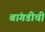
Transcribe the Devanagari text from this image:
बांगडीची